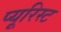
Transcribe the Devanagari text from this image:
प्यूरिस्ट